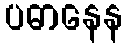
ပဓာနေန